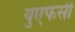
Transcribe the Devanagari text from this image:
युएफसी